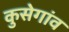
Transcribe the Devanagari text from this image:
कुसेगांव